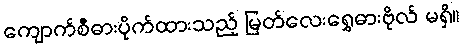
ကျောက်စီဓားပိုက်ထားသည့် မြတ်လေးရွှေဓားဗိုလ် မရှိ။